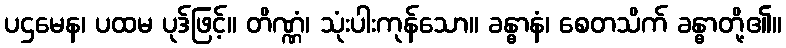
ပဌမေန၊ ပထမ ပုဒ်ဖြင့်။ တိဏ္ဏံ၊ သုံးပါးကုန်သော။ ခန္ဓာနံ၊ စေတသိက် ခန္ဓာတို့၏။